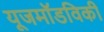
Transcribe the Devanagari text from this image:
यूजमॉडविकी